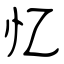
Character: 忆